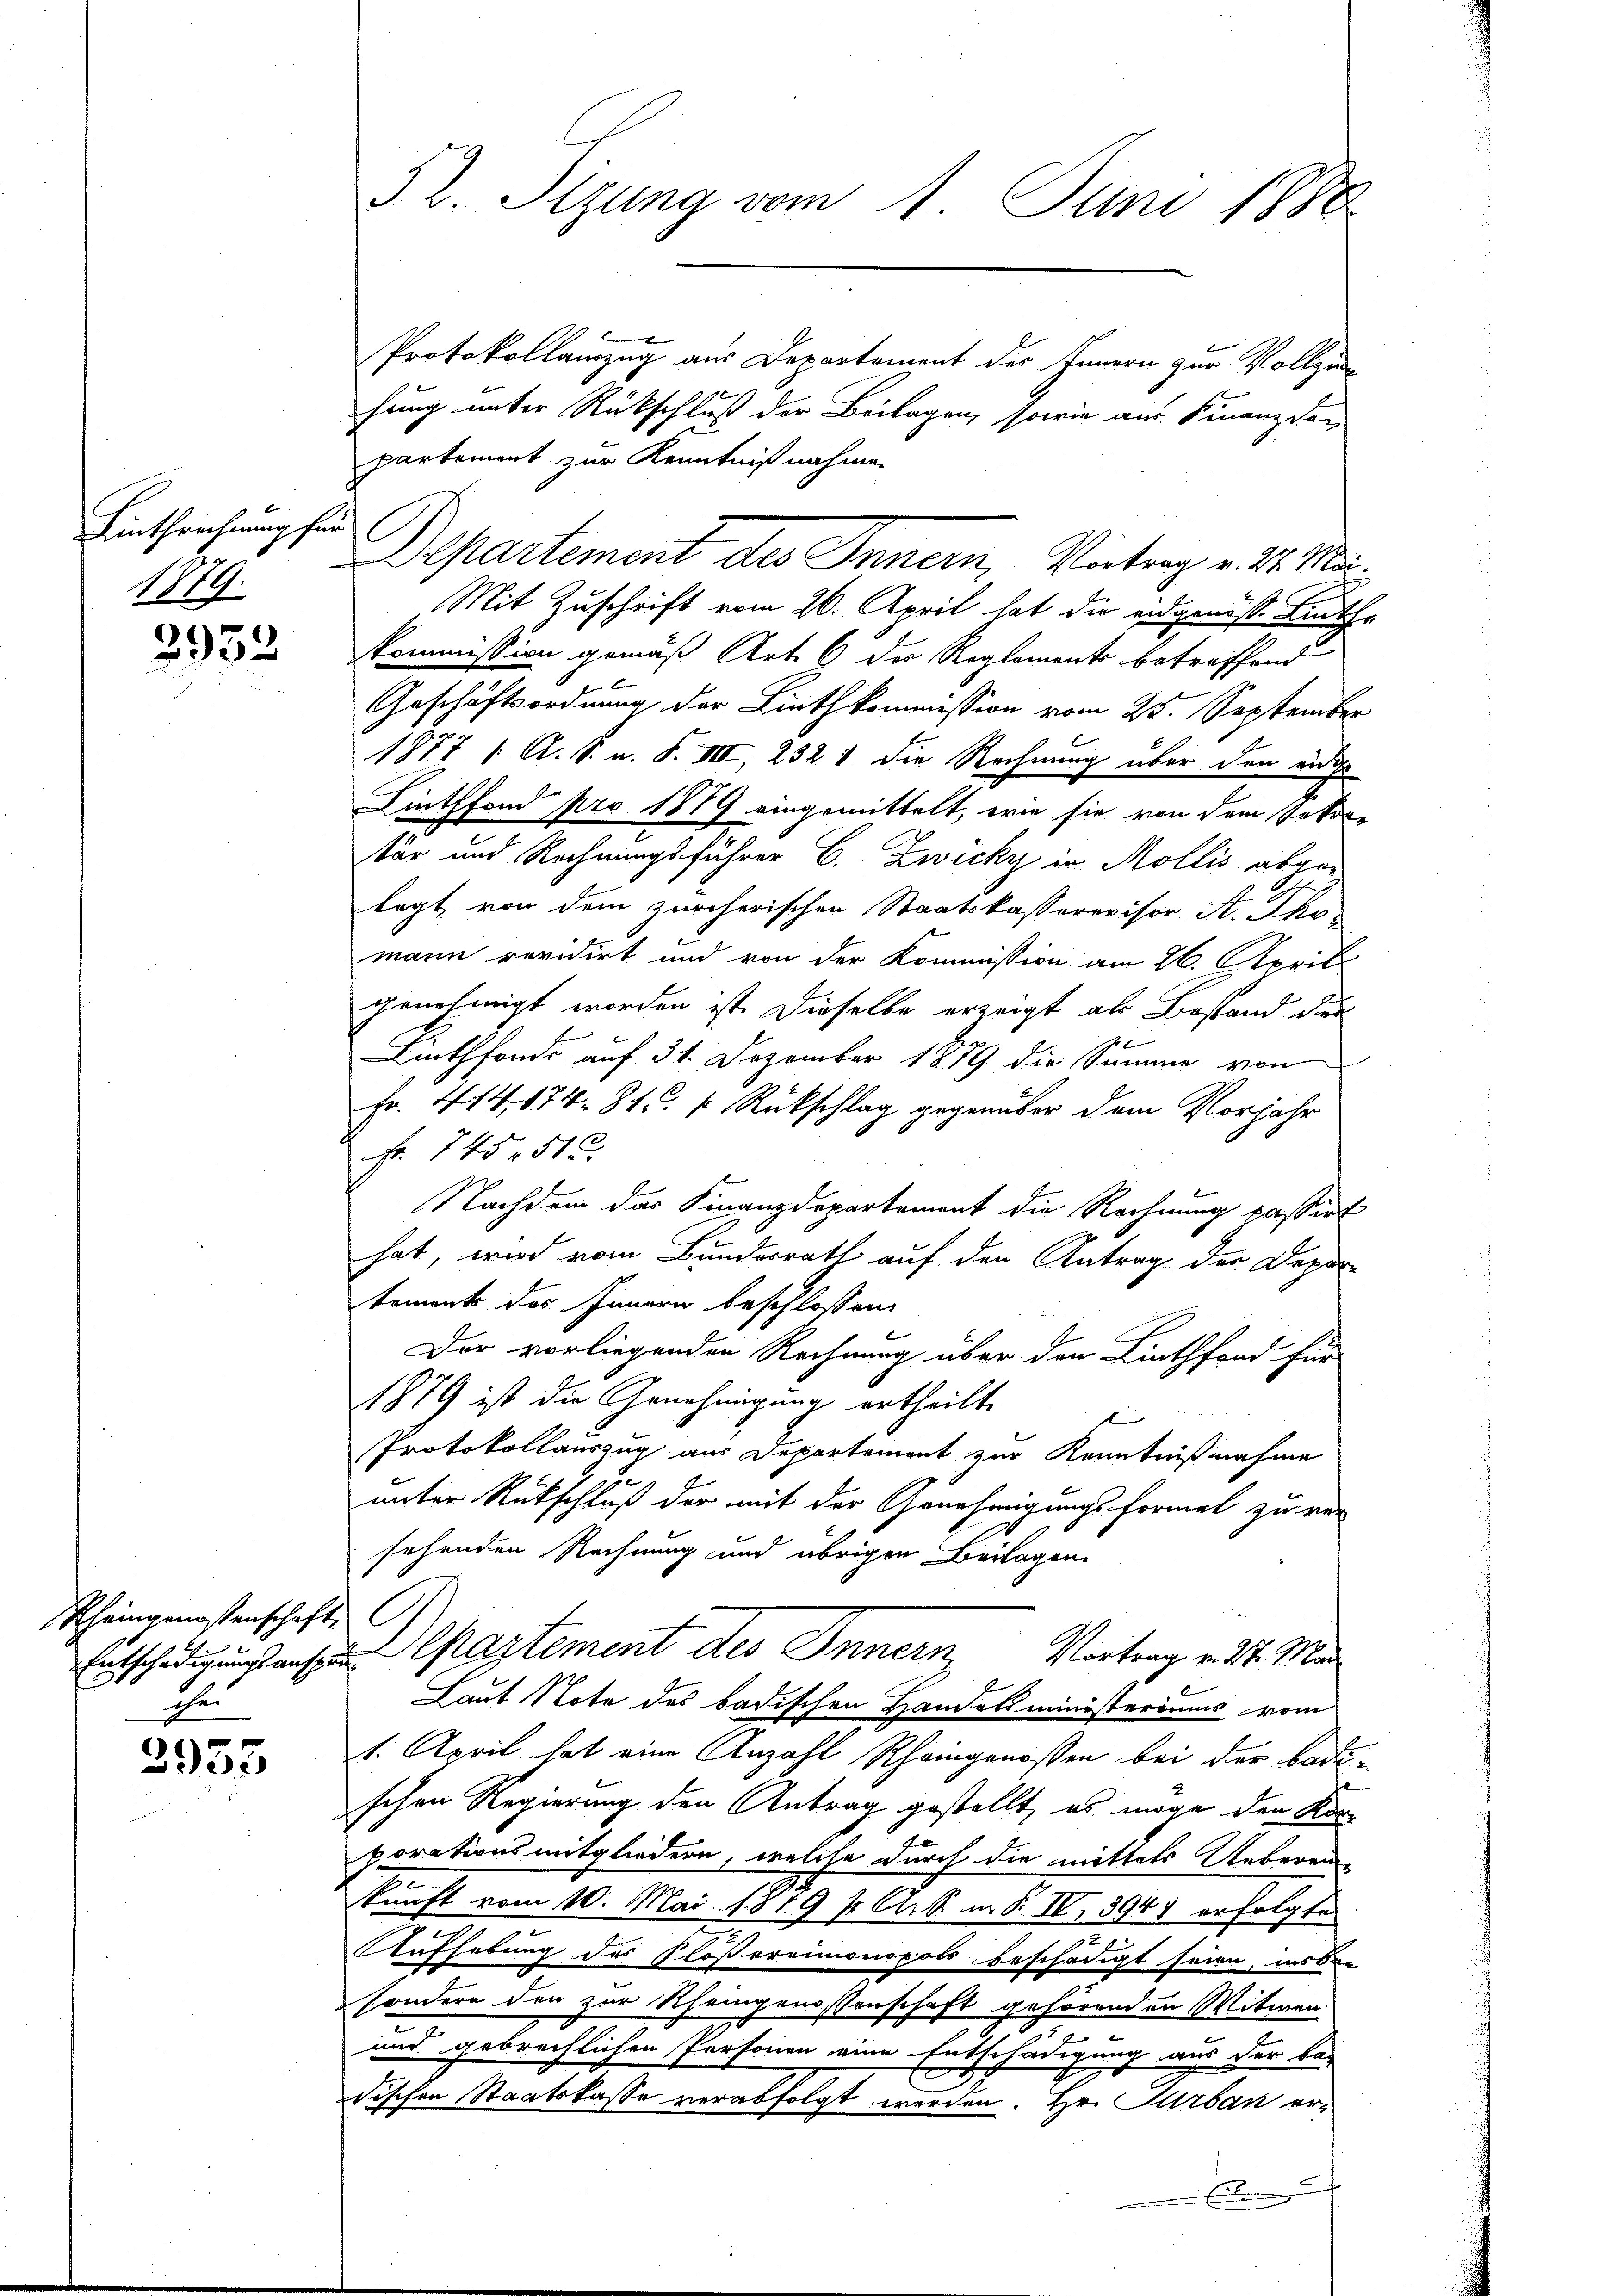
Linthrechnung für
1879.

2932

Rheingenossenschaft,
E

3955

§2. Sizung vom 1. Juni 1880

E

Protokollauszug aus Departement des Innern zur Vollzie
hung unter Rückschluß der Beilagen, sowie am Finanzdar
partement zur Kenntnißnahmen
Mit Zuschrift vom 26. April hat die eidgenöss Linthe
Kommission gemäß Art. 6 der Reglements betreffend
Geschäftsordnung der Linthkommission vom 25. September
1877 1. A. S. u. S. VIII, 232 1 die Rechnung über den einige
Linthfond pro 1879 eingemittelt, wie sie von dem Petrie
tür und Rechnungsführer C. Zwicky in Mollis abgelegt von dem zürcherischen Staatskasserevisor. A. Tho
mann revidirt und von der Kommission am 26. April
genehmigt worden ist. Dieselbe erzeigt als Bestand dies
Linthfonds auf 31. Dezember 1879 die Summe von
Fr. 414, 174. 81. s Rückschlag gegenüber dem Vorjahr
Nr. 145, 516.
Nachdem das Finanzdepartement die Rechnung passirt
hat, wird vom Bunderrath auf den Antrag der Depar-
tements das Innern beschlossen:
Der vorliegenden Rechnung über den Linthfond für
1879 ist die Genehmigung ertheilt.
Protokollauszug aus Departement zur Kenntnißnahme
unter Rückschluß der mit der Genehmigungsformel zu ver
sehenden Rechnung und übrigen Beilagen
Entschädigungsansen partement des Innern, Vortrag v. St. Ma
Laut Note des badischen Handelsministeriums vom
1. April hat eine Anzahl Rheingenoßen bei der Bade
schen Regierung den Antrag gestellt, es möge den Kor-
porationsmitgliedern, welche durch die mittels Ueberein-
kunft vom 10. Mai 1819 f. C. S. in § IV, 3947 erfolgte
.
Aufhebung des Flößereimonopols beschädigt seien, insbe-
sondern der zur Rheingenossenschaft gehörenden Witwen
und gebrechlichen Personen eine Entschädigung aus der be-
dischen Staatskasse verabfolgt werden. Hr. Surban er-

Departement des Innern, Vortrag v. M. Mar